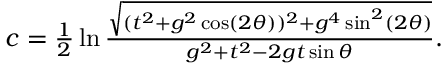
\begin{array} { r } { c = \frac { 1 } { 2 } \ln { \frac { \sqrt { ( t ^ { 2 } + g ^ { 2 } \cos ( 2 \theta ) ) ^ { 2 } + g ^ { 4 } \sin ^ { 2 } ( 2 \theta ) } } { g ^ { 2 } + t ^ { 2 } - 2 g t \sin \theta } } . } \end{array}